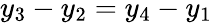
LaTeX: y_{3}-y_{2}=y_{4}-y_{1}